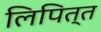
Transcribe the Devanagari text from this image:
लिपित्त